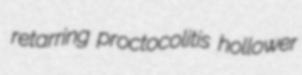
retarring proctocolitis hollower